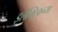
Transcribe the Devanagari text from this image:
इलेक्ट्रिकच्या